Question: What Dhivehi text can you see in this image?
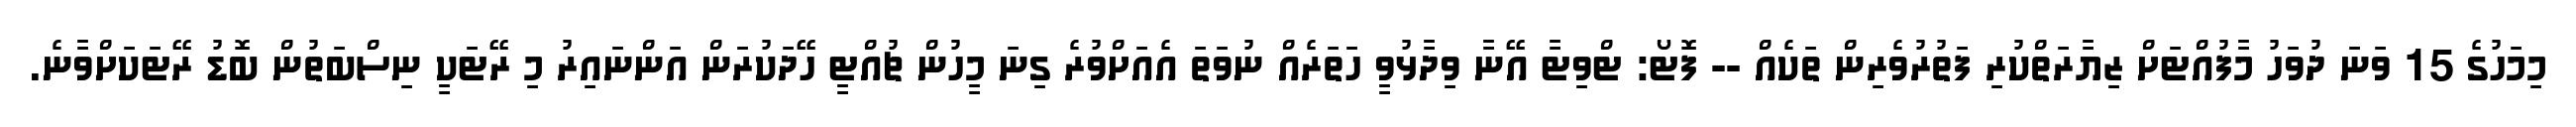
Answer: މިމަހުގެ 15 ވަނަ ދުވަހު މާފުއްޓަށް ޒިޔާރަތްކުރި ފަތުރުވެރިން ތަކެއް -- ފޮޓޯ: ޓްވިޓާ އޭނާ ވިދާޅުވީ ހަތަރެއް ނުވަތަ އެއަށްވުރެ ގިނަ މީހުން ޗުއްޓީ ހޭދަކުރަން އަންނައިރު މި ރޭޓަކީ ނިސްބަތުން ބޮޑު ރޭޓަކަށްވާނެ.